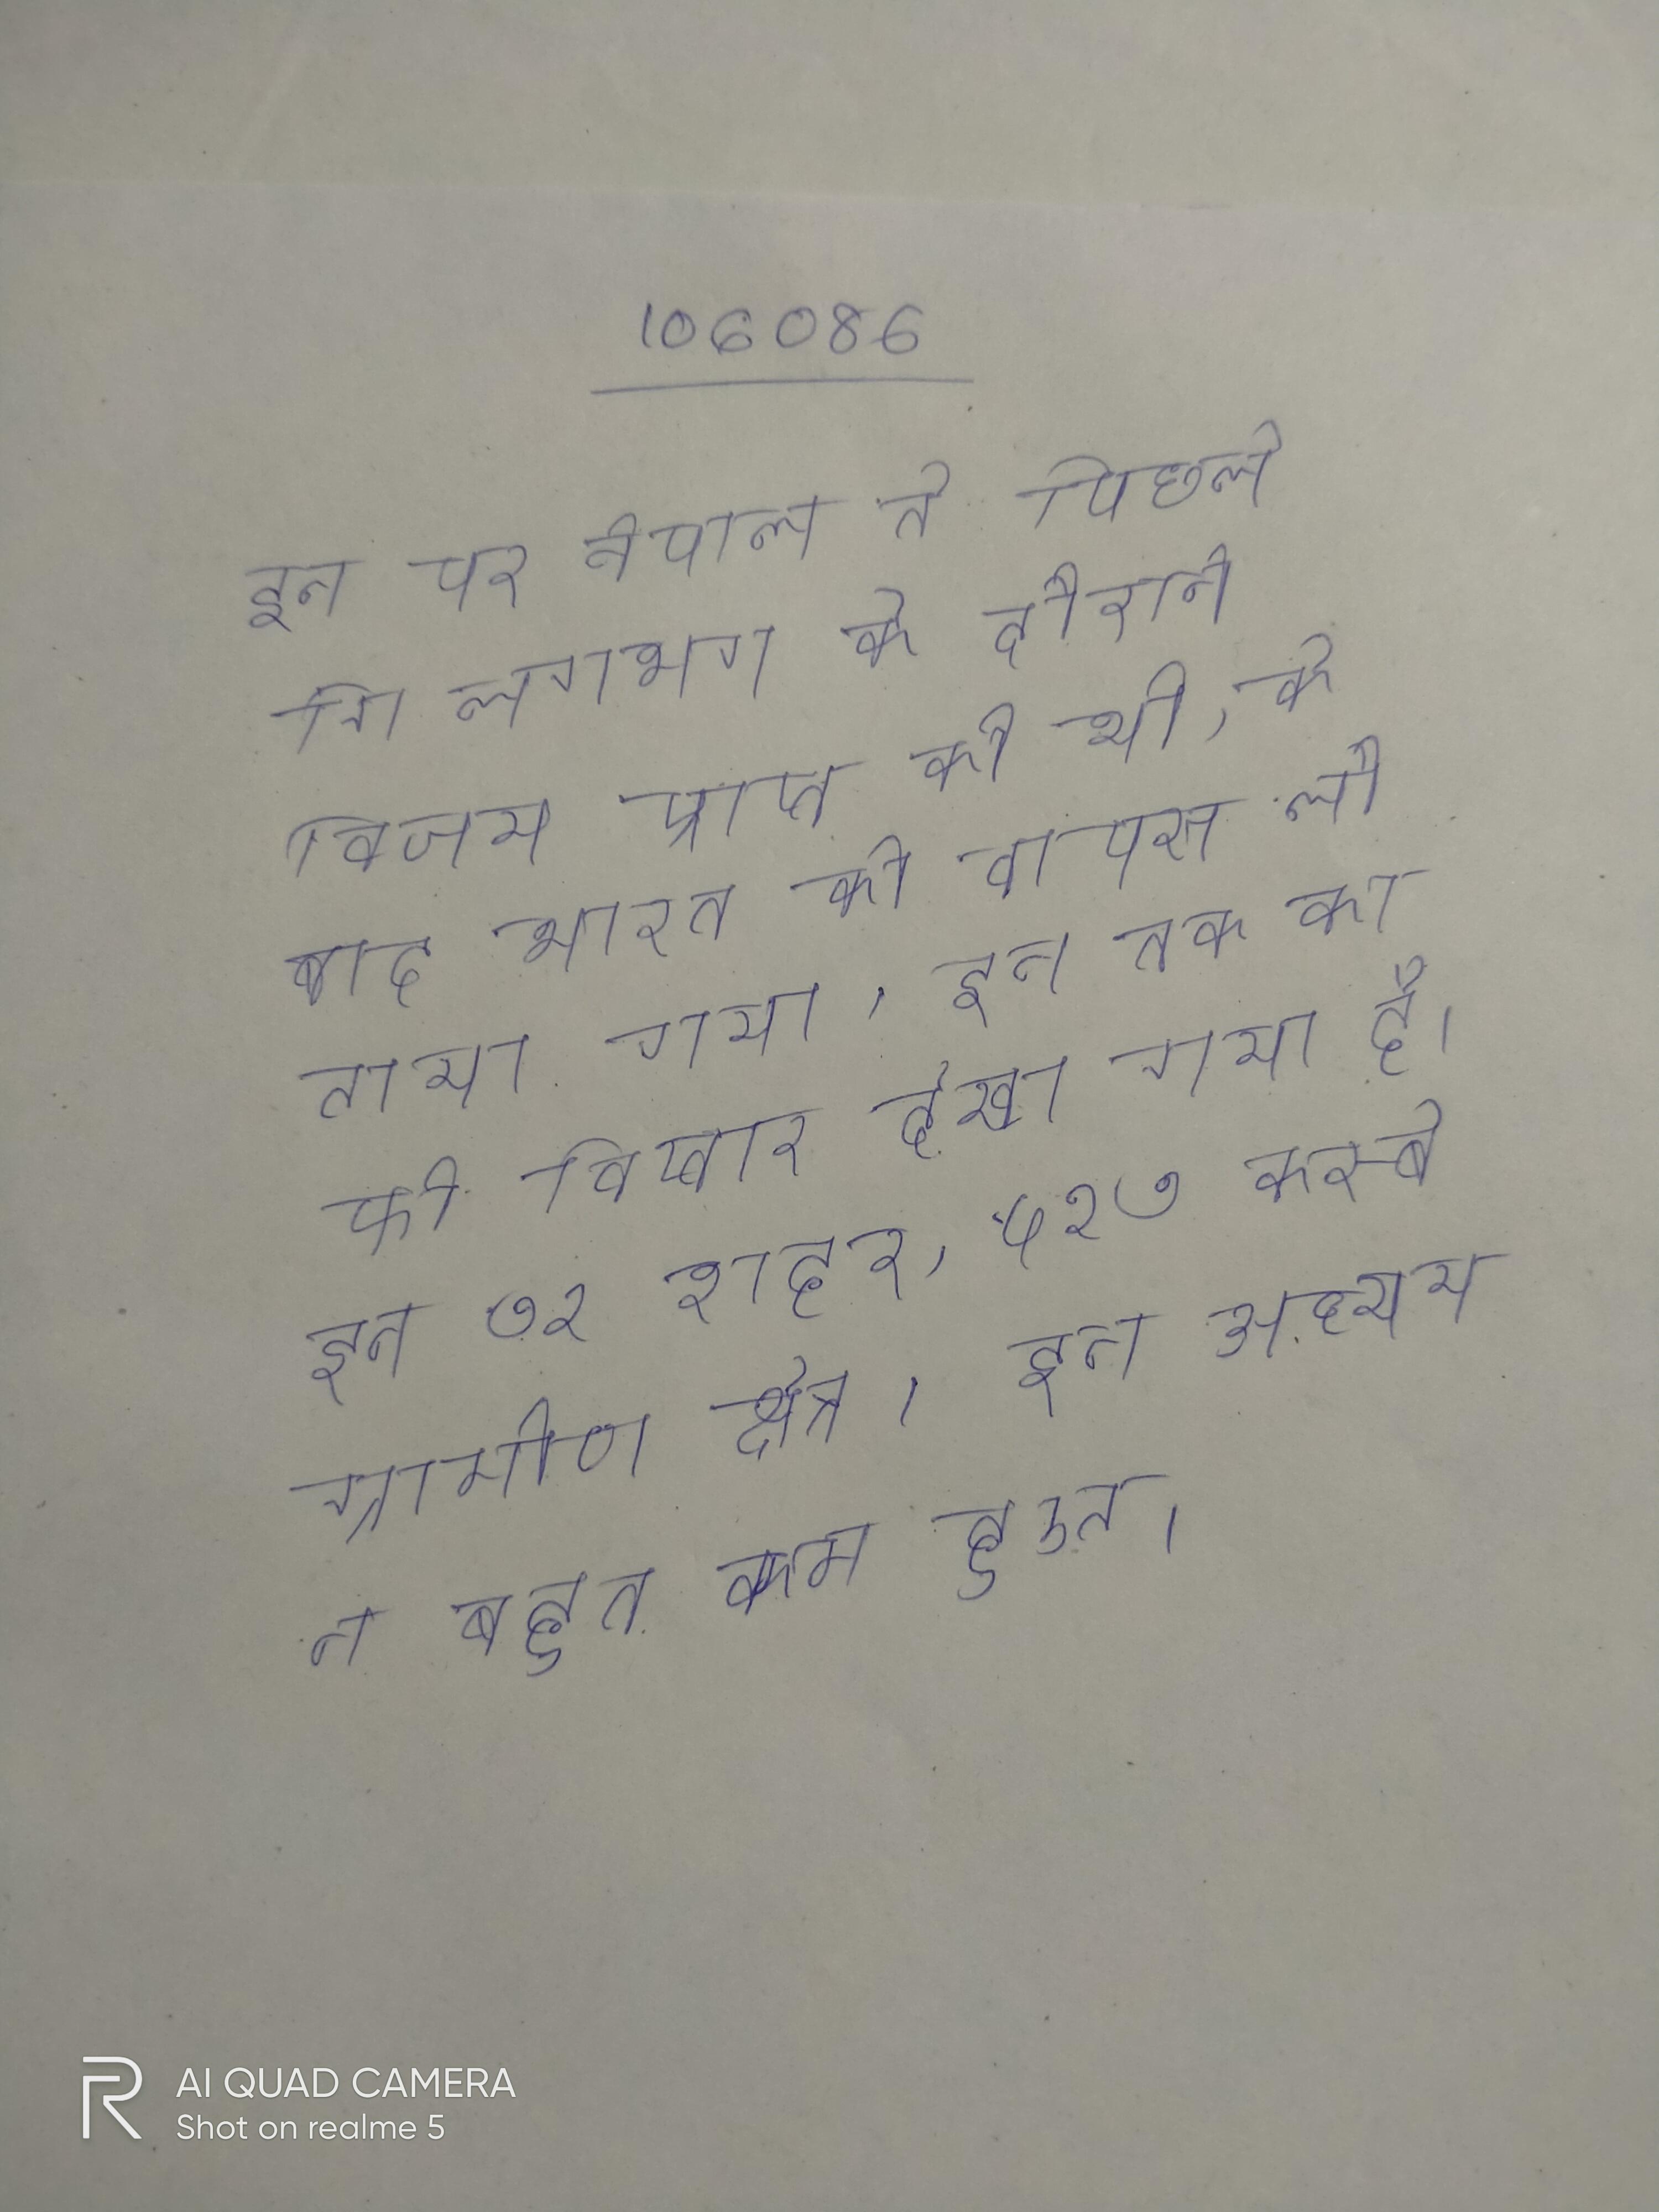
इन पर नेपाल ने पिछले लगभग के दौरान विजय प्राप्त की थी, के बाद भारत को वापस लौटाया गया । इन तक काफी विस्तार देखा गया है । इन ७२ शहर, ५२७ कस्बे ग्रामीण क्षेत्र । इन अध्ययन बहुत कम हुए ।